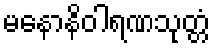
မနောနိဝါရဏသုတ္တံ